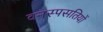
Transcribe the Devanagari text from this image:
वनस्पसतियों